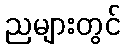
ညများတွင်